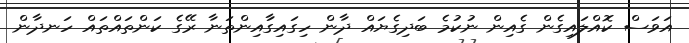
އަވަސް ކޮއްލައިގެން ގެއިން ނުކުމެ ބަދިގެޔައް ދާން ހިގައިގާާައިންތަނާ ރޭގެ ކަންތައްތައް ހަނދާން